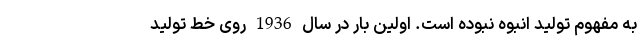
به مفهوم تولید انبوه نبوده است. اولین بار در سال 1936 روی خط تولید